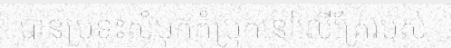
បានប្រទះសំបុកកំប្រុកនៅលើគ្រែរបស់